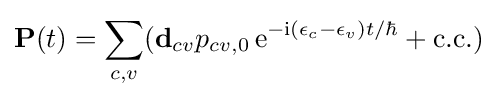
{\mathbf {P} }(t)=\sum _{c,v}({\mathbf {d} }_{cv}p_{cv,0}\,\mathrm {e} ^{-\mathrm {i} (\epsilon _{c}-\epsilon _{v})t/\hbar }+\mathrm {c.c.} )